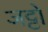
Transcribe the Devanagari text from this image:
जट्टो